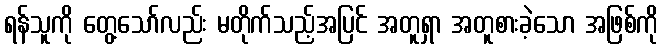
ရန်သူကို တွေ့သော်လည်း မတိုက်သည့်အပြင် အတူရှာ အတူစားခဲ့သော အဖြစ်ကို